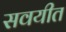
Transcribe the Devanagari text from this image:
सवयीत